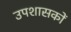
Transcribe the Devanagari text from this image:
उपशासकों